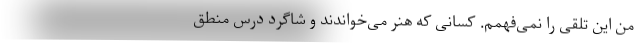
من این تلقی را نمی‌فهمم. کسانی که هنر می‌خواندند و شاگرد درس منطق